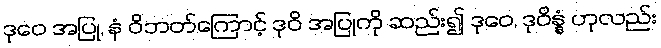
ဒုဝေ အပြု, နံ ဝိဘတ်ကြောင့် ဒုဝိ အပြုကို ဆည်း၍ ဒုဝေ, ဒုဝိန္နံ ဟုလည်း